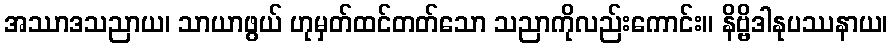
အဿာဒသညာယ၊ သာယာဖွယ် ဟုမှတ်ထင်တတ်သော သညာကိုလည်းကောင်း။ နိဗ္ဗိဒါနုပဿနာယ၊